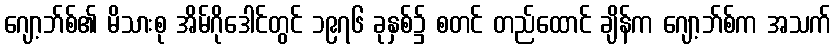
ဂျော့ဘ်စ်၏ မိသားစု အိမ်ဂိုဒေါင်တွင် ၁၉၇၆ ခုနှစ်၌ စတင် တည်ထောင် ချိန်က ဂျော့ဘ်စ်က အသက်